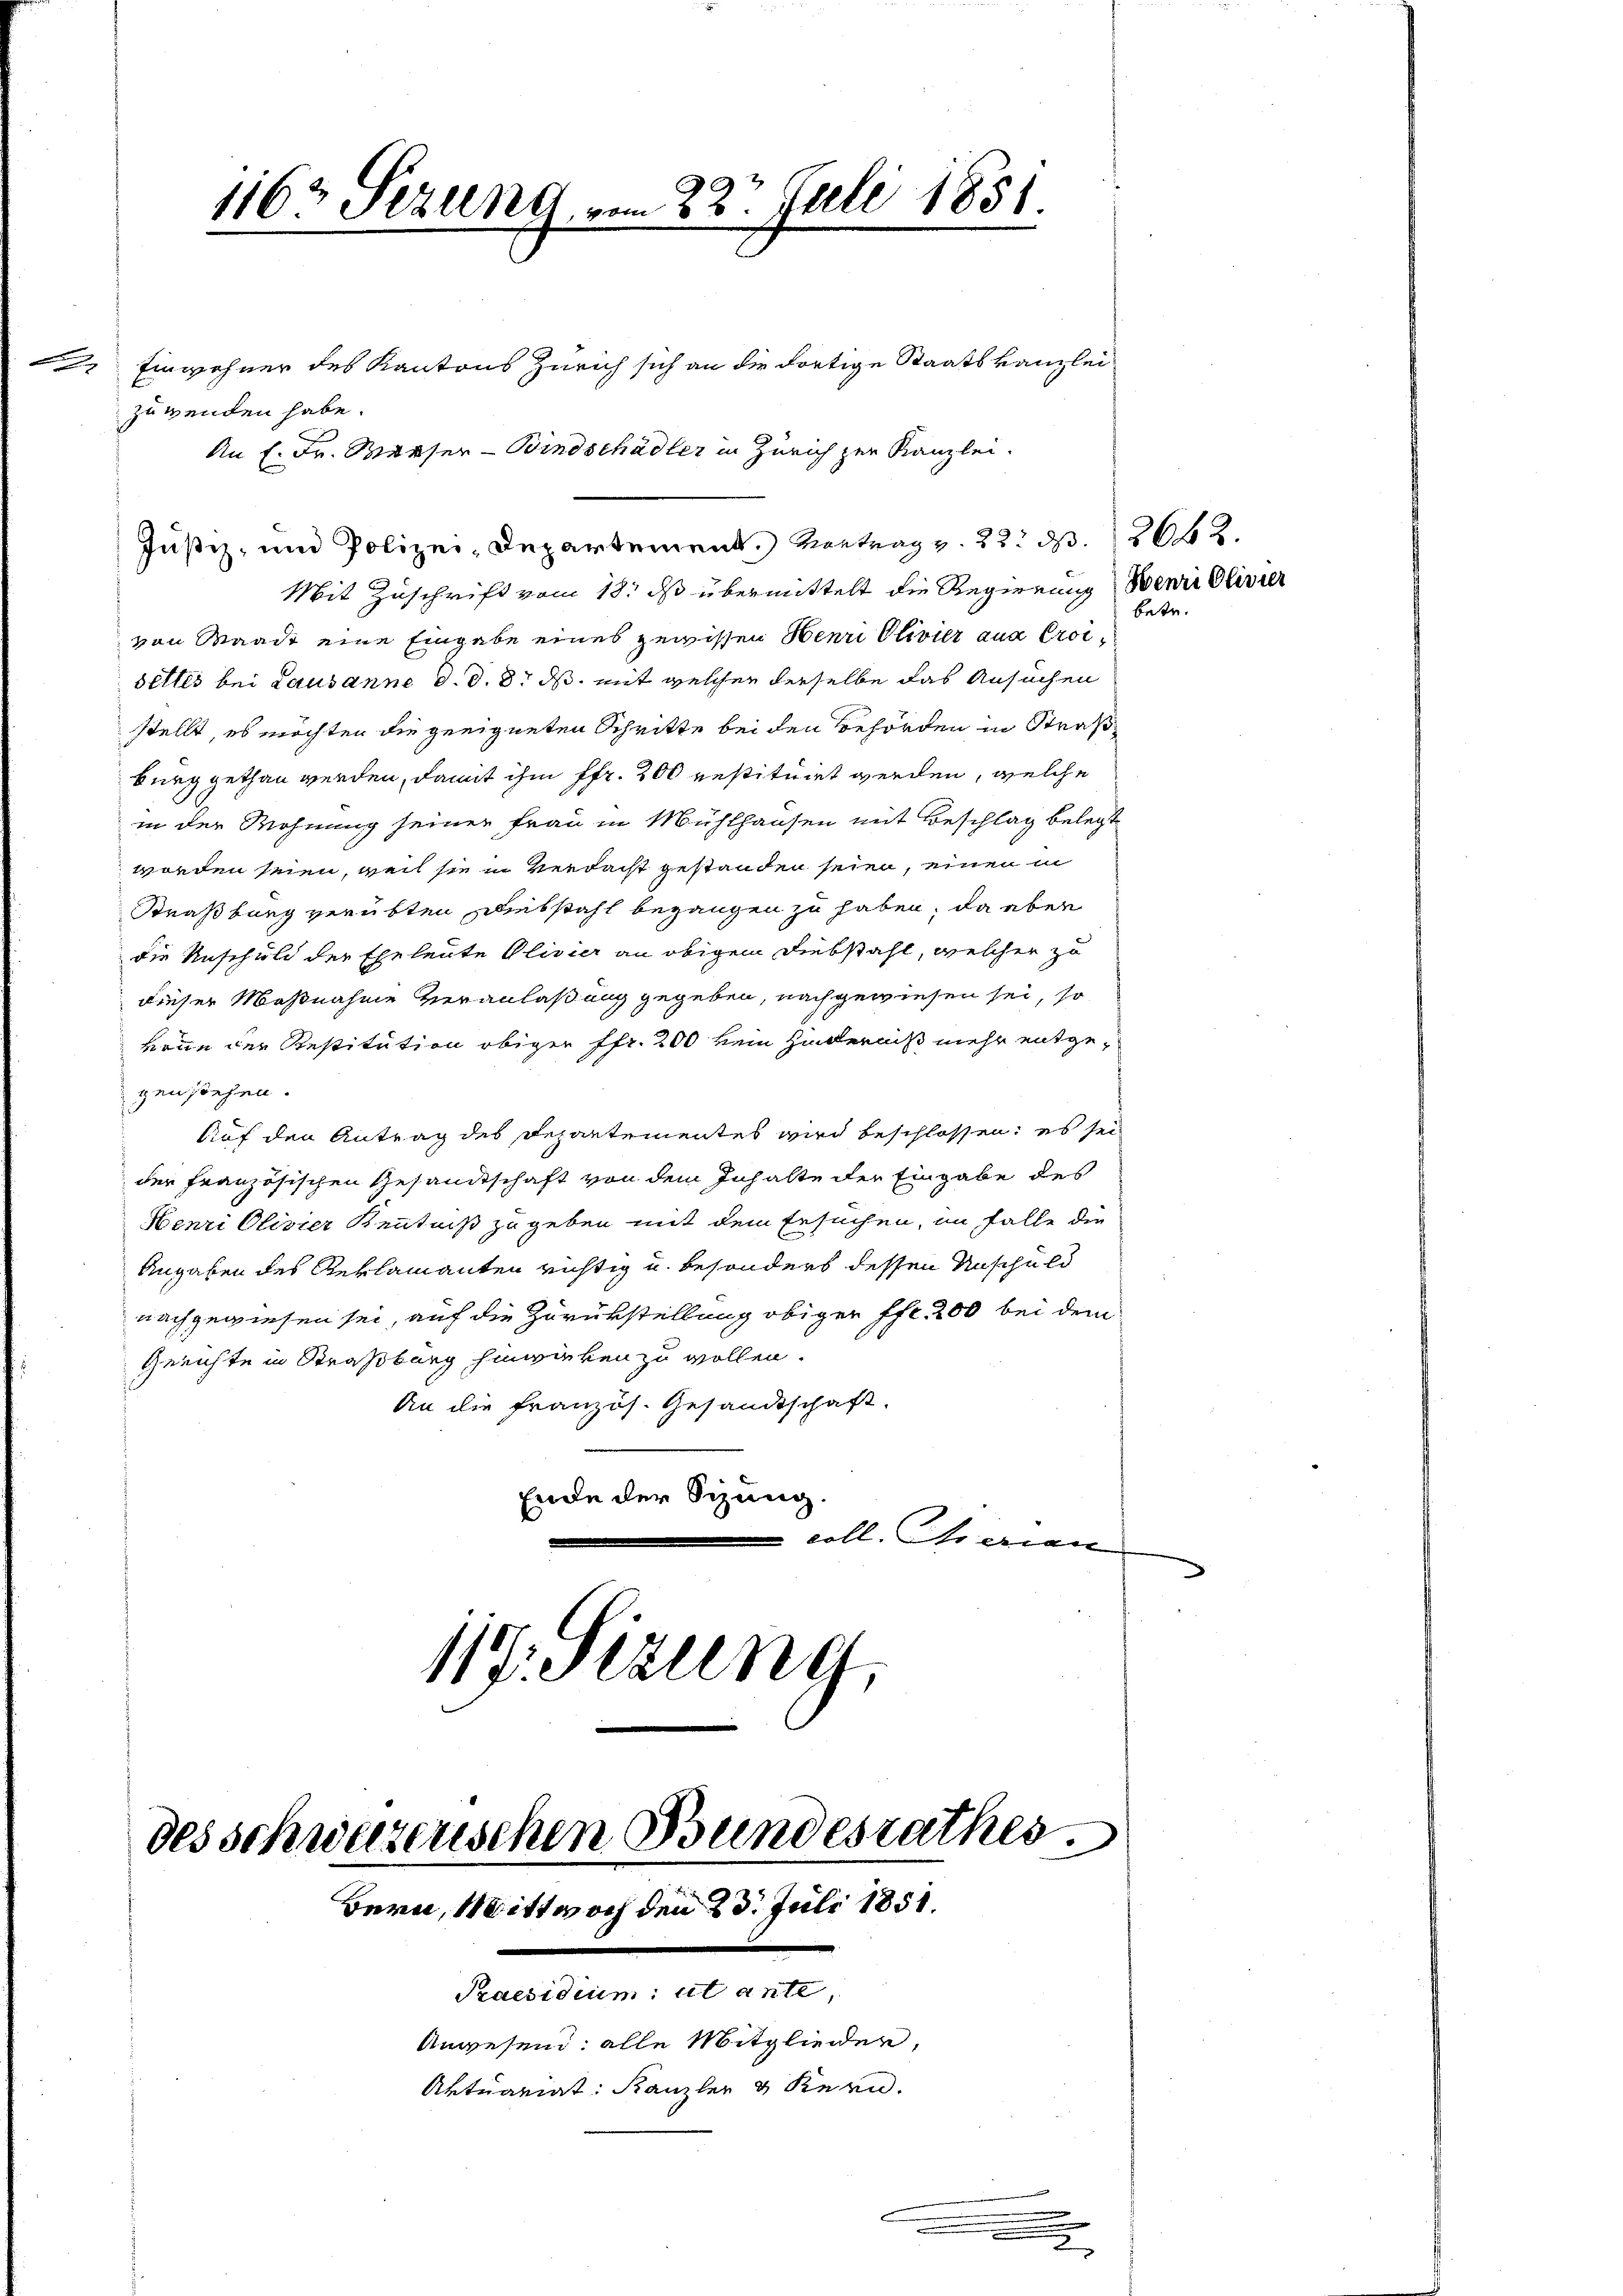
e

1163 Sezung vom 23. Juli 1851.

Einwohner des Kantons Zürich sich an die dortige Staatskanzlei
zuwenden habe.
Justiz- und Polizei-Departement. Vortrag v. 22. d. 18662.
Mit Zuschrift vom 18. ds übermittelt die Regierung Benii Olivier
von Waadt eine Eingabe eines gewissen Henri Olivier aus Croisettes bei Lausanne d. d. 8. ds. mit welcher derselbe das Ansuchen
stellt, es möchten die geeigneten Schritte bei den Behörden in Straß
burg gethan werden, damit ihm ffr. 200 restituirt werden, welche
in der Wohnung seiner Frau in Mühlhausen mit Beschlag belegt
worden seien, weil sie in Verdacht gestanden seien, einen in
Straßburg verübten Diebstahl begangen zu haben, da aber
die Anschuld der Eheleute Olivier an obigem Diebstahl, welcher zu
dieser Maßnahme Veranlaßung gegeben, nachgewiesen sei, so
kene der Restitution obiger Pfr. 200 kein Hinderniß mehr entgegen siehen.
Auf den Antrag des Departementes wird beschlossen: es sei
der französischen Gesandtschaft von dem Inhalte der Eingabe des
Henri Olivier Kenntniß zu geben mit dem Ersuchen, im Falle die
Angaben des Reklamanten richtig u. besonders dessen Anschuld
nachgewiesen sei, auf die Zurükstellung obiger Pfl. 200 bei dem
Gerichte in Straßburg hinwirken zu wollen.
An die französ. Gesandtschaft.
Ende der Sitzung.
coll. Ihrerien
117. Jezung,

An f. Dr. Warser Bindschädler in Zürich zur Kanzlei.

des schwazenschen Bundesrathes
Bern, Mittwoch den 23. Juli 1851.

.
e

Praesidium ut ante,
Anwesen; alle Mitglieder,
Aktuariat: Kanzler & Kern.

betr.